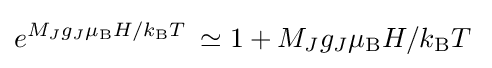
e^{M_{J}g_{J}\mu _{\mathrm {B} }H/k_{\mathrm {B} }T\;}\simeq 1+M_{J}g_{J}\mu _{\mathrm {B} }H/k_{\mathrm {B} }T\;